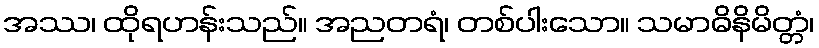
အဿ၊ ထိုရဟန်းသည်။ အညတရံ၊ တစ်ပါးသော။ သမာဓိနိမိတ္တံ၊